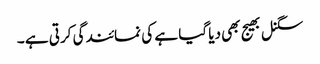
سگنل بھیج بھی دیا گیا ہے کی نمائندگی کرتی ہے ۔